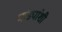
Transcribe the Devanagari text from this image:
भांड्यांशी